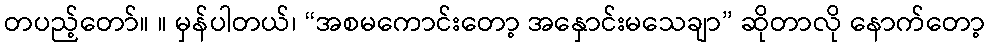
တပည့်တော်။ ။ မှန်ပါတယ်၊ “အစမကောင်းတော့ အနှောင်းမသေချာ” ဆိုတာလို နောက်တော့